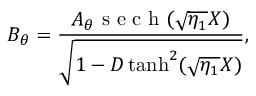
B _ { \theta } = \frac { A _ { \theta } \mathrm { ~ s ~ e ~ c ~ h ~ } ( \sqrt { \eta _ { 1 } } X ) } { \sqrt { 1 - D \operatorname { t a n h } ^ { 2 } ( \sqrt { \eta _ { 1 } } X ) } } ,